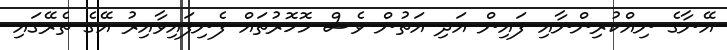
އޭނާގެ ނިއްކުރިންނާއި ފައިން އަދި އަތުން ވެސް މޮހޮރުތައް ފެނިފައިވާއިރު އޭގެ ތެރޭގައި